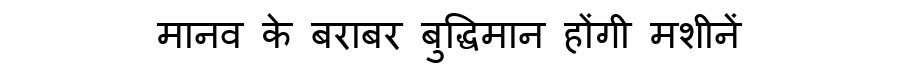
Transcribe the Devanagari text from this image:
मानव के बराबर बुद्धिमान होंगी मशीनें